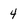
Character: 4